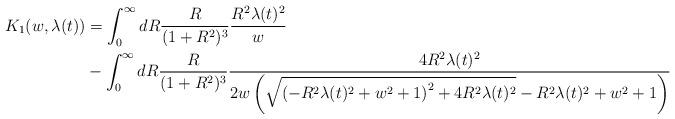
LaTeX: \begin{align*} K_{1}(w,\lambda(t)) &= \int_{0}^{\infty} dR \frac{R}{(1+R^{2})^{3}} \frac{R^{2}\lambda(t)^{2}}{w} \\&- \int_{0}^{\infty} dR \frac{R}{(1+R^{2})^{3}} \frac{4 R^{2}\lambda(t)^{2}}{2 w \left(\sqrt{\left(-R^{2}\lambda(t)^{2}+w^2+1\right)^2+4 R^{2}\lambda(t)^{2}}-R^{2}\lambda(t)^{2}+w^2+1\right)}\end{align*}